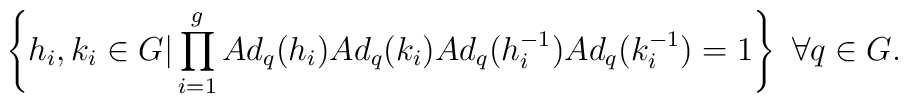
\left\{ h_{i},k_{i}\in G\vert \prod_{i=1}^{g}   Ad_{q}( h_{i})Ad_{q}(k_{i})Ad_{q}(h_{i}^{-1})Ad_{q}(k_{i}^{-1}) = 1 \right\}\,\,\forall q\in G.